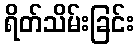
ရိတ်သိမ်းခြင်း